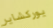
يوركشاير